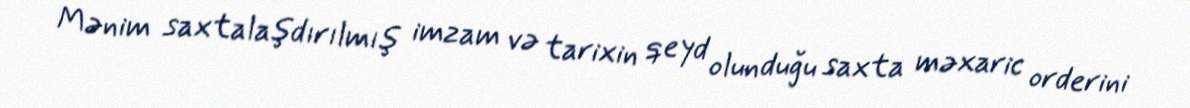
Mənim saxtalaşdırılmış imzam və tarixin qeyd olunduğu saxta məxaric orderini